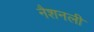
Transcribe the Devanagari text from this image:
नैशनली